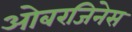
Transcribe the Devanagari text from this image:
ओबरजिनेस